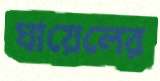
ঘায়েলের